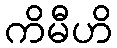
ကိမီဟိ